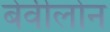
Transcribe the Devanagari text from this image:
बेवीलोन